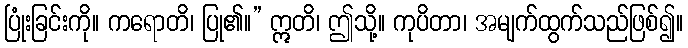
ပြုံးခြင်းကို။ ကရောတိ၊ ပြု၏။” ဣတိ၊ ဤသို့။ ကုပိတာ၊ အမျက်ထွက်သည်ဖြစ်၍။